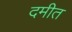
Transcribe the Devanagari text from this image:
दमीत